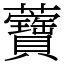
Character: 𧅤